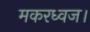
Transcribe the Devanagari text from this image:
मकरध्वज।